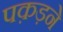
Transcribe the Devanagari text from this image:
पक़ड़ने